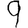
Digit: 9